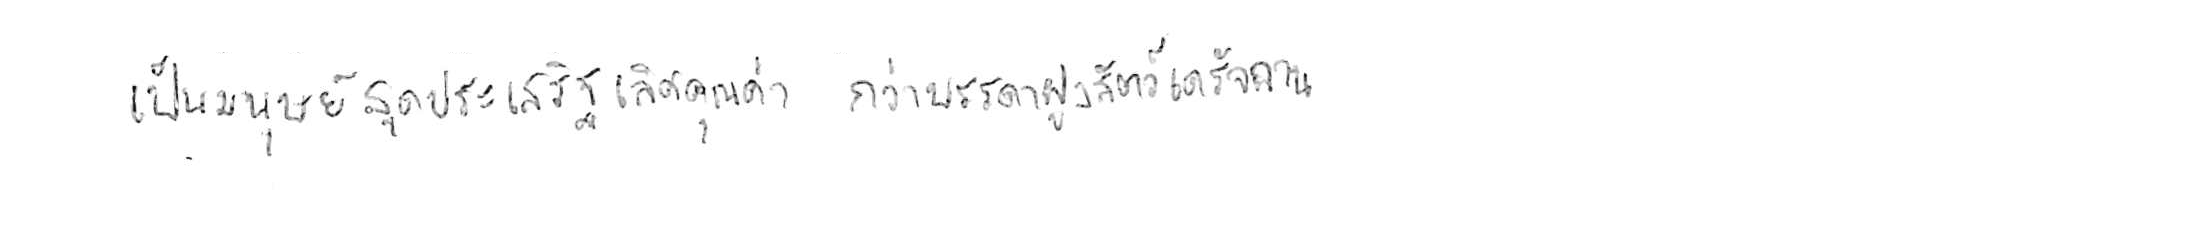
เป็นมนุษย์สุดประเสริฐเลิศคุณค่า กว่าบรรดาฝูงสัตว์เดรัจฉาน